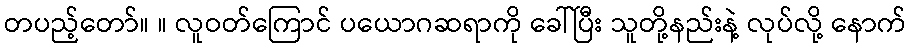
တပည့်တော်။ ။ လူဝတ်ကြောင် ပယောဂဆရာကို ခေါ်ပြီး သူတို့နည်းနဲ့ လုပ်လို့ နောက်